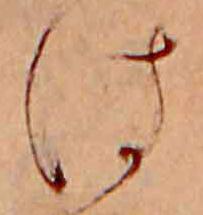
は